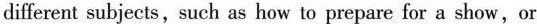
different subjects,such as how to prepare for a show,or